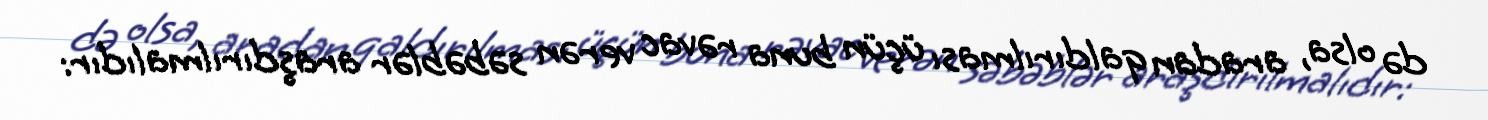
də olsa, aradan qaldırılması üçün buna rəvac verən səbəblər araşdırılmalıdır: